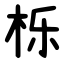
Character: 栎